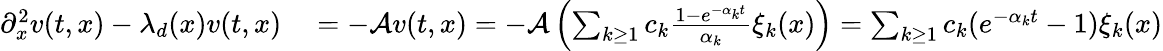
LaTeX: \begin{array}{rl}{\partial_{x}^{2}v(t,x)-\lambda_{d}(x)v(t,x)}&{{}=-\mathcal{A}v(t,x)=-\mathcal{A}\left(\sum_{k\geq 1}c_{k}\frac{1-e^{-\alpha_{k}t}}{\alpha_{k}}\xi_{k}(x)\right)=\sum_{k\geq 1}c_{k}(e^{-\alpha_{k}t}-1)\xi_{k}(x)}\end{array}